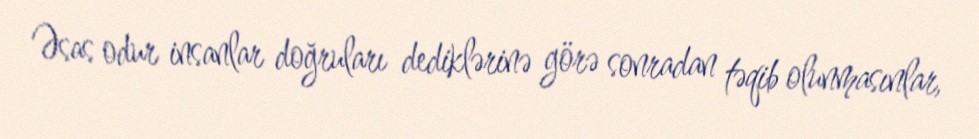
Əsas odur insanlar doğruları dediklərinə görə sonradan təqib olunmasınlar,